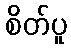
စိတ်ပူ